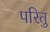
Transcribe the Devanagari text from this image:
परितु